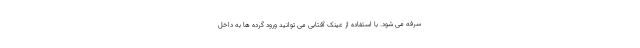
سرفه می شود. با استفاده از عینک آفتابی می توانید ورود گرده ها به داخل